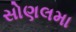
સોણલમા